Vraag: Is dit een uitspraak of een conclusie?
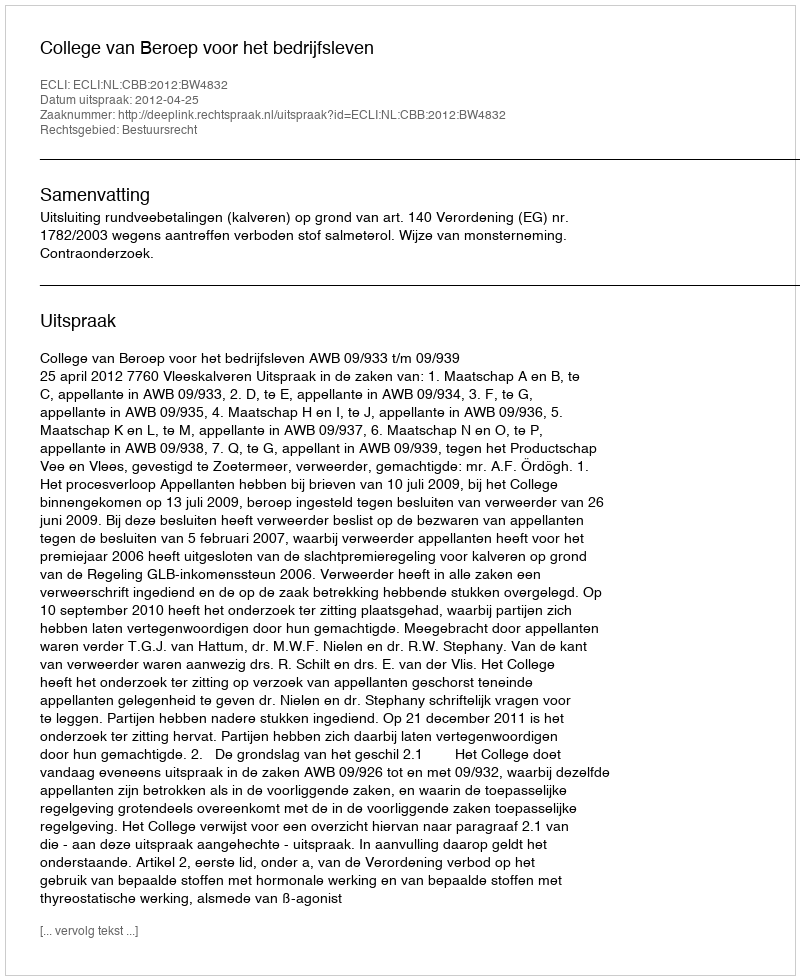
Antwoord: Uitspraak